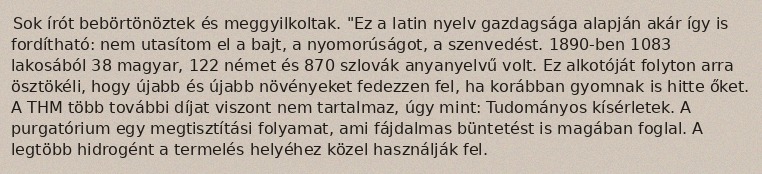
Sok írót bebörtönöztek és meggyilkoltak. "Ez a latin nyelv gazdagsága alapján akár így is fordítható: nem utasítom el a bajt, a nyomorúságot, a szenvedést. 1890-ben 1083 lakosából 38 magyar, 122 német és 870 szlovák anyanyelvű volt. Ez alkotóját folyton arra ösztökéli, hogy újabb és újabb növényeket fedezzen fel, ha korábban gyomnak is hitte őket. A THM több további díjat viszont nem tartalmaz, úgy mint: Tudományos kísérletek. A purgatórium egy megtisztítási folyamat, ami fájdalmas büntetést is magában foglal. A legtöbb hidrogént a termelés helyéhez közel használják fel.